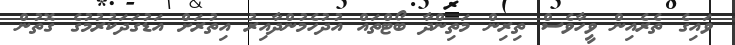
ވައިގެ ތެރެއިން ވީހާވެސް ތިރިން މަތިންދާ ބޯޓްތައް އުދުހެމުންދާއިރު އިތުރަށް އަޑުގަދަކުރުމުގެ ގޮތުން